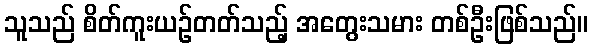
သူသည် စိတ်ကူးယဉ်တတ်သည့် အတွေးသမား တစ်ဦးဖြစ်သည်။